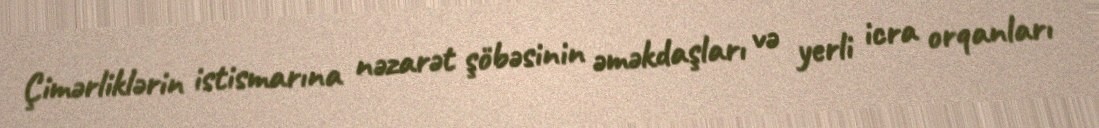
Çimərliklərin istismarına nəzarət şöbəsinin əməkdaşları və yerli icra orqanları